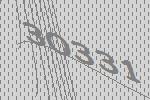
30331